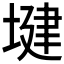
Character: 𫮑